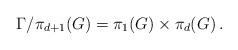
LaTeX: \begin{align*}\Gamma/\pi_{d+1}(G)=\pi_1(G)\times\pi_d(G)\,.\end{align*}